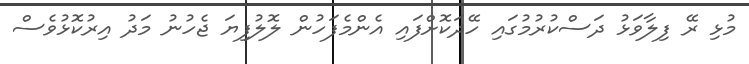
މުޅި ރޭ ފިލާވަޅު ދަސްކުރުމުގައި ހޭދަކޮށްފައި އެންމެފަހުން ލޮލުފިޔަ ޖެހުނު މަދު އިރުކޮޅުވެސް